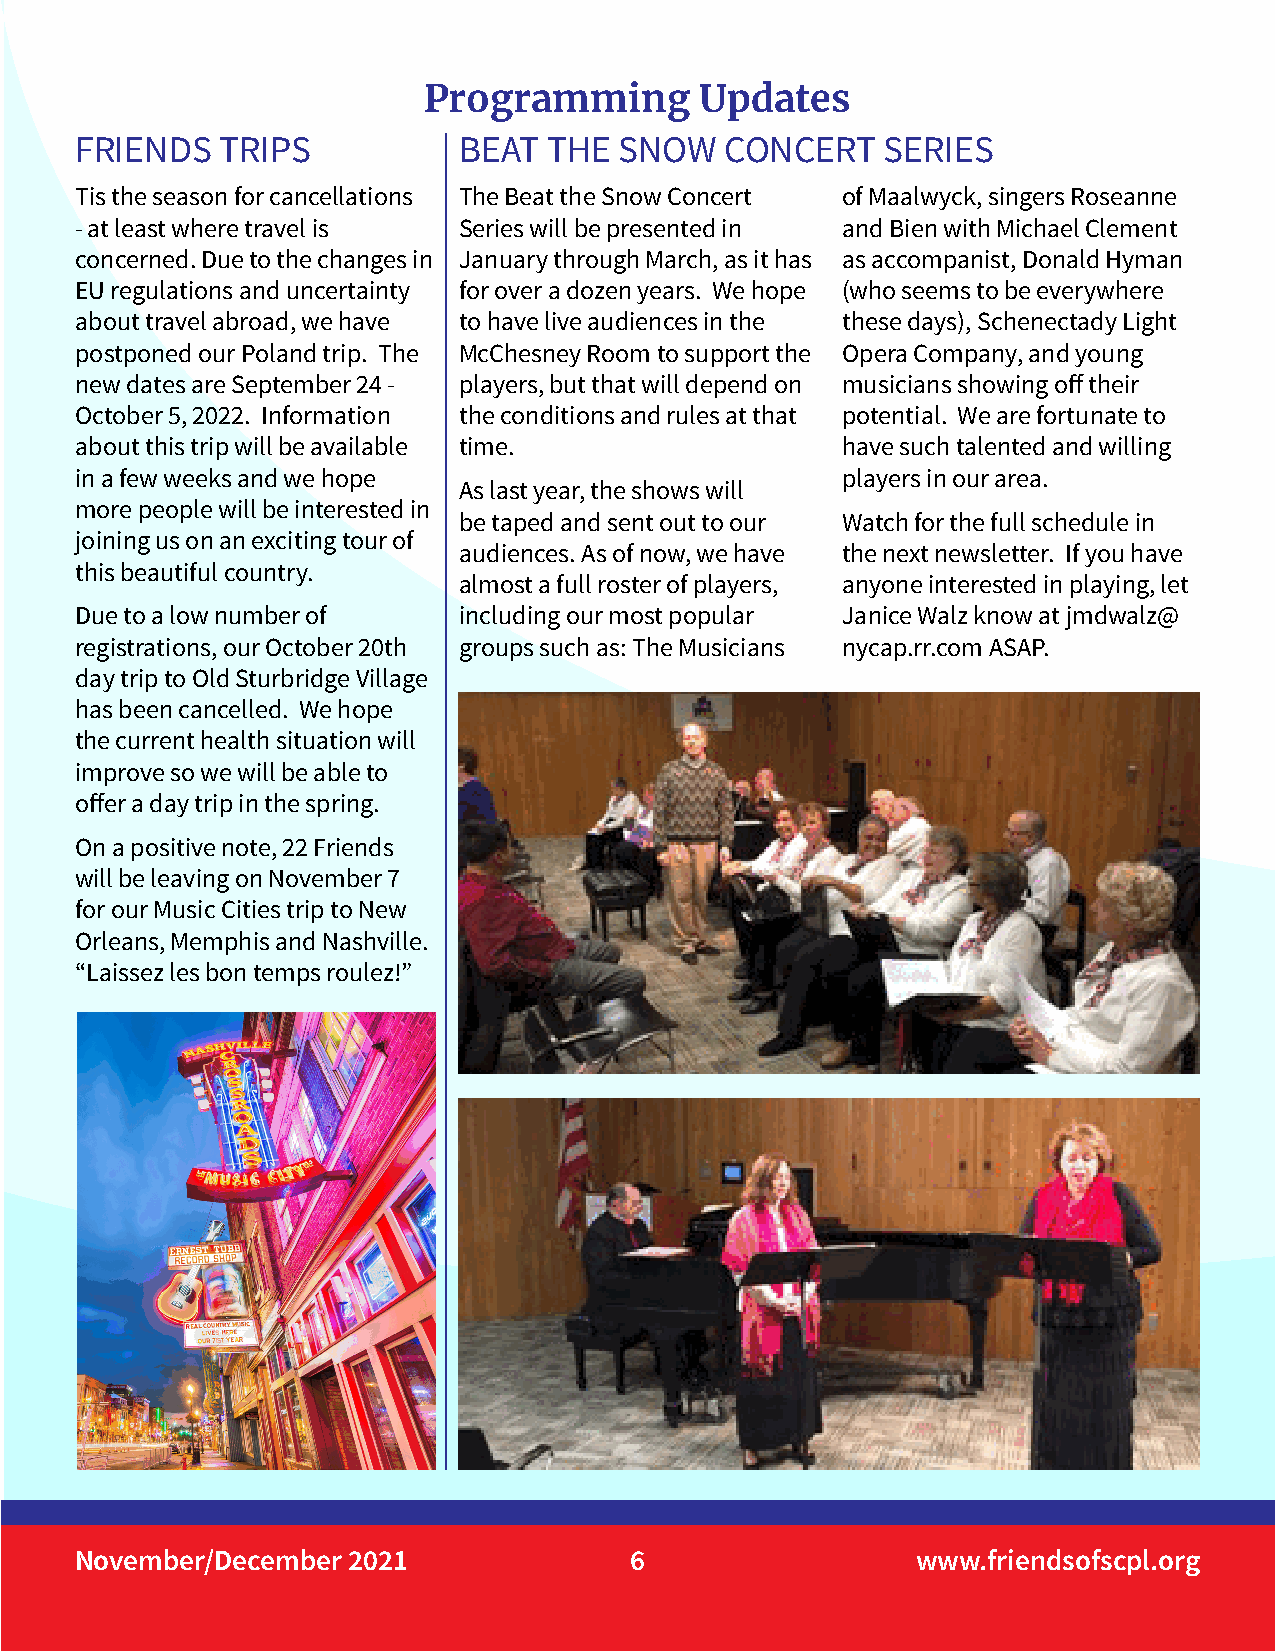
Programming       Updates
 FRIENDS   TRIPS          BEAT  THE  SNOW   CONCERT   SERIES
 Tis the season for cancellations The Beat the Snow Concert of Maalwyck, singers Roseanne
 - at least where travel is Series will be presented in and Bien with Michael Clement
 concerned. Due to the changes in January through March, as it has as accompanist, Donald Hyman
 EU regulations and uncertainty for over a dozen years. We hope (who seems to be everywhere
 about travel abroad, we have to have live audiences in the these days), Schenectady Light
 postponed our Poland trip. The McChesney Room to support the Opera Company, and young
 new dates are September 24 - players, but that will depend on musicians showing off their
 October 5, 2022. Information the conditions and rules at that potential. We are fortunate to
 about this trip will be available time.            have such talented and willing
 in a few weeks and we hope                         players in our area.
 As last year, the shows will
 more people will be interested in
 be taped and sent out to our Watch for the full schedule in
 joining us on an exciting tour of
 audiences. As of now, we have the next newsletter. If you have
 this beautiful country.
 almost a full roster of players, anyone interested in playing, let
 Due to a low number of   including our most popular Janice Walz know at jmdwalz@
 registrations, our October 20th groups such as: The Musicians nycap.rr.com ASAP.
 day trip to Old Sturbridge Village
 has been cancelled. We hope
 the current health situation will
 improve so we will be able to
 offer a day trip in the spring.
 On a positive note, 22 Friends
 will be leaving on November 7
 for our Music Cities trip to New
 Orleans, Memphis and Nashville.
 “Laissez les bon temps roulez!”
 November/December 2021               6                  www.friendsofscpl.org